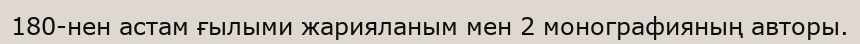
180-нен астам ғылыми жарияланым мен 2 монографияның авторы.